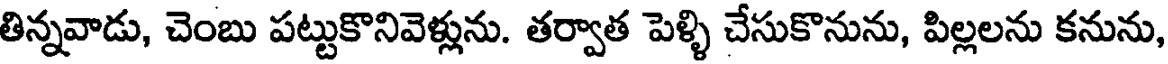
తిన్నవాడు, చెంబు పట్టుకొనివెళ్లును. తర్వాత పెళ్ళి చేసుకొనును, పిల్లలను కనును,